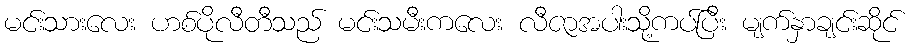
မင်းသားလေး ဟစ်ပိုလီတီသည် မင်းသမီးကလေး လီဇာအပါးသို့ကပ်ပြီး မျက်နှာချင်းဆိုင်